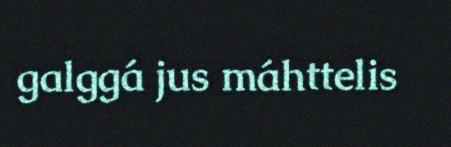
galggá jus máhttelis